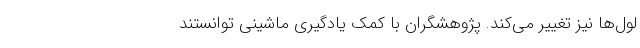
لول‌ها نیز تغییر می‌کند. پژوهشگران با کمک یادگیری ماشینی توانستند